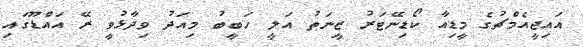
އައިޖީއެމްޗުގެ މީޑިއާ ކޯޑިނޭޓަރު ޒީނަތު އަލީ ހަބީބު މިއަދު ވިދާޅުވީ ރޭ އައްޑޫގައި